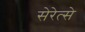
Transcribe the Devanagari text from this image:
सेरेत्से